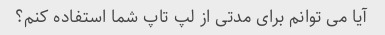
آیا می توانم برای مدتی از لپ تاپ شما استفاده کنم؟